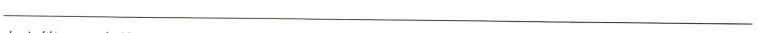
___